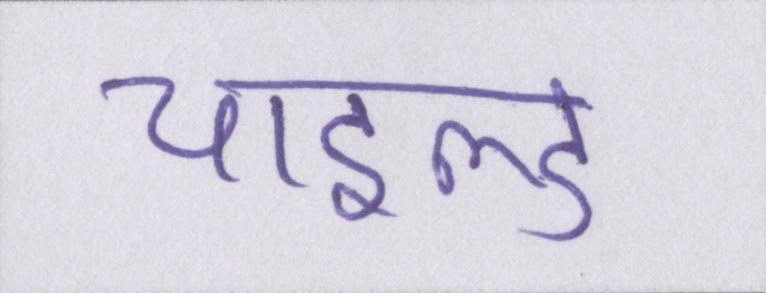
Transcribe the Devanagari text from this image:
चाइल्ड